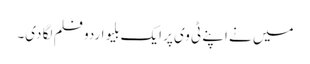
میں نے اپنے ٹی وی پر ایک بلیو اردو فلم لگا دی۔